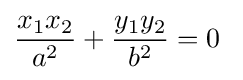
{\frac {x_{1}x_{2}}{a^{2}}}+{\frac {y_{1}y_{2}}{b^{2}}}=0\